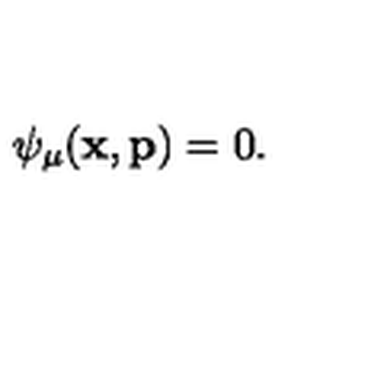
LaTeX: \psi _ { \mu } ( \mathbf { x } , \mathbf { p } ) = 0 .